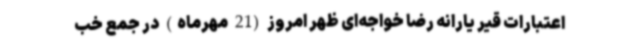
اعتبارات قیر یارانه‌ رضا خواجه‌ای ظهر امروز (21 مهرماه) در جمع خب